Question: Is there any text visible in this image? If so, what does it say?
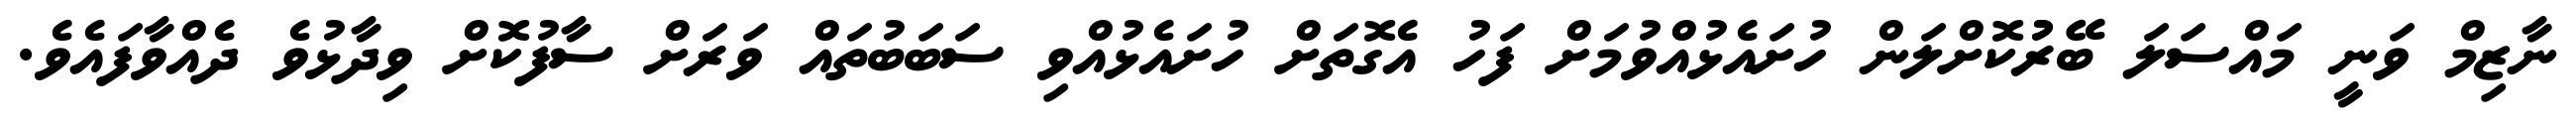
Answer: ނާޒިމް ވަނީ މައްސަލަ ބޭރުުކޮށްލަން ހުށައެޅުއްވުމަށް ފަހު އެގޮތަށް ހުށައެޅުއްވި ސަބަބުތައް ވަރަށް ސާފުކޮށް ވިދާޅުވެ ދެއްވާފައެވެ.